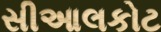
સીઆલકોટ